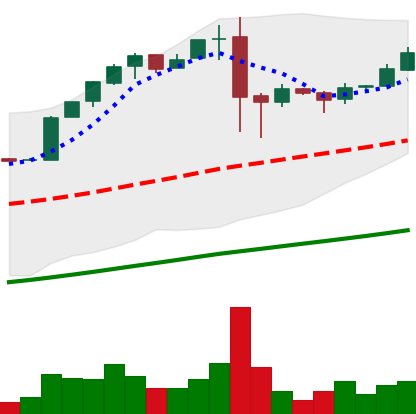
Ticker: BTC-USD
Chart end date: 2017-02-17
Forward return: 6.808%
Label: up_5_7